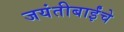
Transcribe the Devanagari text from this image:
जयंतीबाईंचे